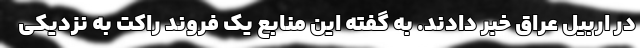
در اربیل عراق خبر دادند. به گفته این منابع یک فروند راکت به نزدیکی